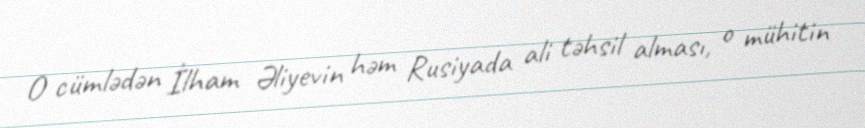
O cümlədən İlham Əliyevin həm Rusiyada ali təhsil alması, o mühitin